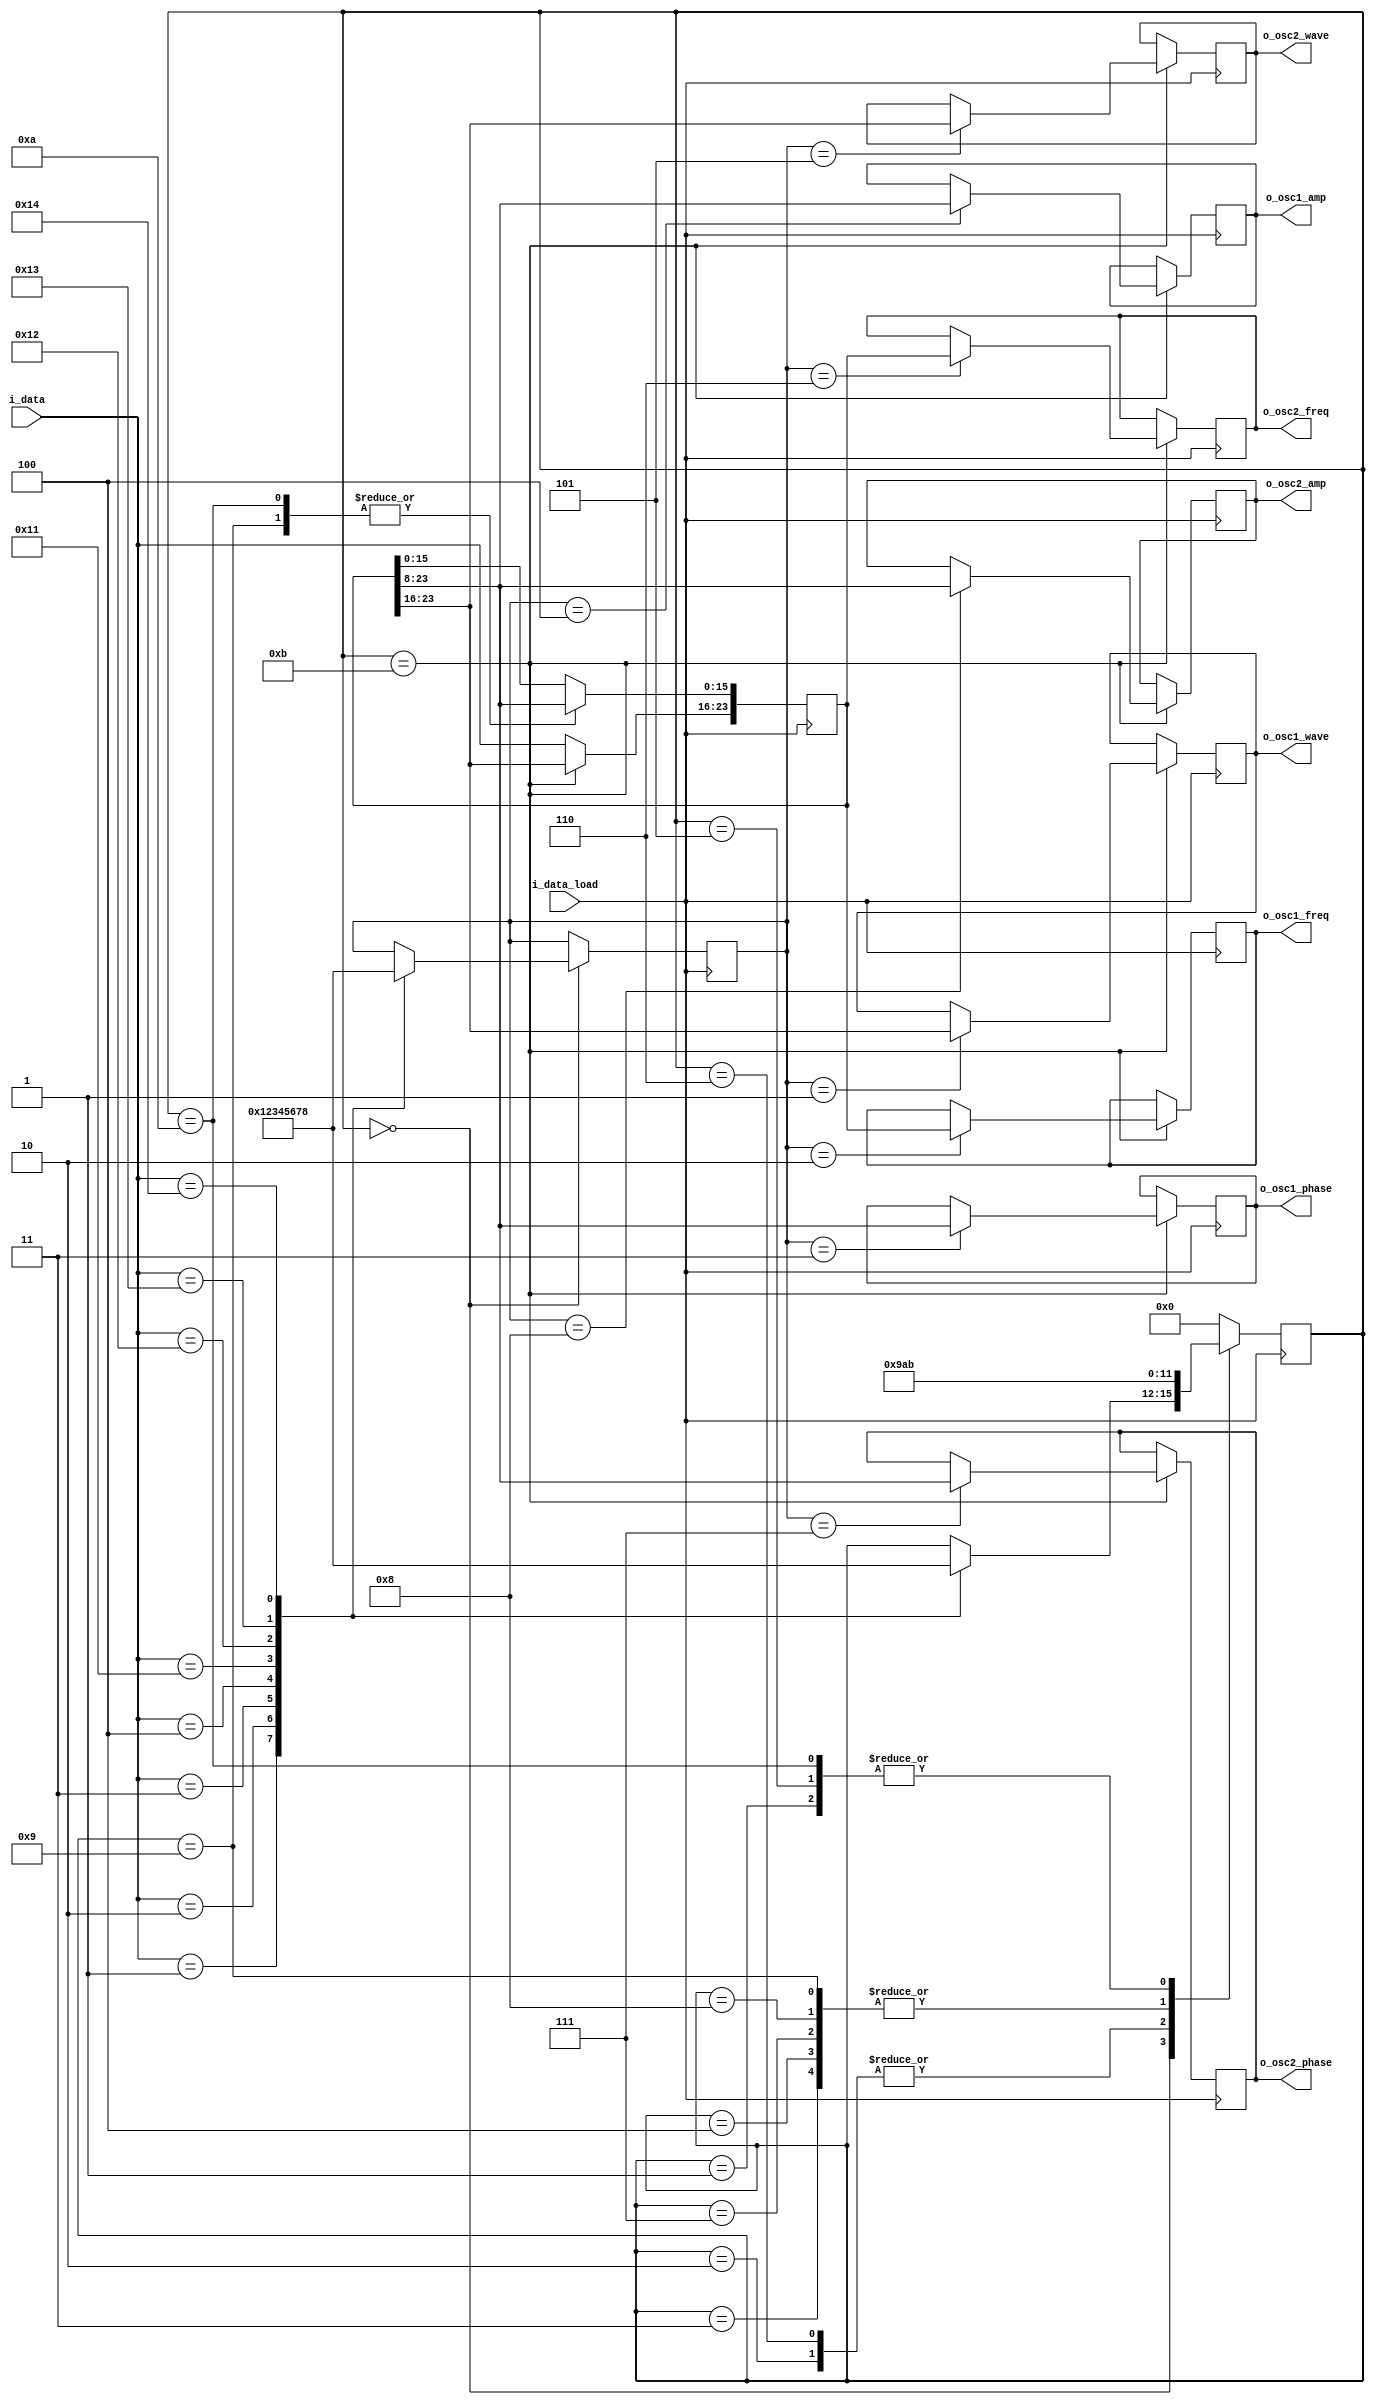
module brain(
  input [7:0] i_data,
  input i_data_load,
  output reg [7:0] o_osc1_wave,
  output reg [23:0] o_osc1_freq,
  output reg [15:0] o_osc1_phase,
  output reg [15:0] o_osc1_amp,
  output reg [7:0] o_osc2_wave,
  output reg [23:0] o_osc2_freq,
  output reg [15:0] o_osc2_phase,
  output reg [15:0] o_osc2_amp
);

  // States
  parameter idle = 0,
            osc1_wave = 1,
            osc1_freq = 2,
            osc1_phase = 3,
            osc1_amp = 4,
            osc2_wave = 5,
            osc2_freq = 6,
            osc2_phase = 7,
            osc2_amp = 8,
            shift1 = 9,
            shift2 = 10,
            data_out = 11;

  // Initial state
  reg [3:0] state = idle;

  reg [23:0] r_data_buffer;

  reg [3:0] output_target;

  always @ (posedge i_data_load)
  begin
    case (state)
      idle :
        begin
          case (i_data)
            8'h01 :
              begin
                state <= osc1_wave;
                output_target <= osc1_wave;
              end
            8'h02 :
              begin
                state <= osc1_freq;
                output_target <= osc1_freq;
              end
            8'h03 :
              begin
                state <= osc1_phase;
                output_target <= osc1_phase;
              end
            8'h04 :
              begin
                state <= osc1_amp;
                output_target <= osc1_amp;
              end
            8'h11 :
              begin
                state <= osc2_wave;
                output_target <= osc2_wave;
              end
            8'h12 :
              begin
                state <= osc2_freq;
                output_target <= osc2_freq;
              end
            8'h13 :
              begin
                state <= osc2_phase;
                output_target <= osc2_phase;
              end
            8'h14 :
              begin
                state <= osc2_amp;
                output_target <= osc2_amp;
              end
          endcase
        end
      osc1_wave : state <= data_out;
      osc1_freq : state <= shift1;
      osc1_phase : state <= shift2;
      osc1_amp : state <= shift2;
      osc2_wave : state <= data_out;
      osc2_freq : state <= shift1;
      osc2_phase : state <= shift2;
      osc2_amp : state <= shift2;
      shift1 : state <= shift2;
      shift2 : state <= data_out;
      default : state <= idle;
    endcase
  end

  always @ (posedge i_data_load)
  begin
    case (state)
      shift1, shift2 :
        begin
          r_data_buffer <= r_data_buffer >> 8;
          r_data_buffer[23:16] <= i_data;
        end
      data_out :
        begin
          case (output_target)
            osc1_wave : o_osc1_wave <= r_data_buffer[23:16];
            osc1_freq : o_osc1_freq <= r_data_buffer;
            osc1_phase : o_osc1_phase <= r_data_buffer[23:8];
            osc1_amp : o_osc1_amp <= r_data_buffer[23:8];
            osc2_wave : o_osc2_wave <= r_data_buffer[23:16];
            osc2_freq : o_osc2_freq <= r_data_buffer;
            osc2_phase : o_osc2_phase <= r_data_buffer[23:8];
            osc2_amp : o_osc2_amp <= r_data_buffer[23:8];
          endcase
        end
      default :
        r_data_buffer[23:16] <= i_data;
    endcase
  end

endmodule